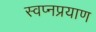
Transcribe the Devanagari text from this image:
स्वप्नप्रयाण